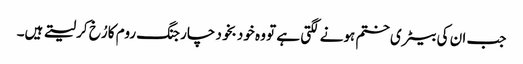
جب ان کی بیٹری ختم ہونے لگتی ہے تو وہ خود بخود چارجنگ روم کا رُخ کرلیتے ہیں۔